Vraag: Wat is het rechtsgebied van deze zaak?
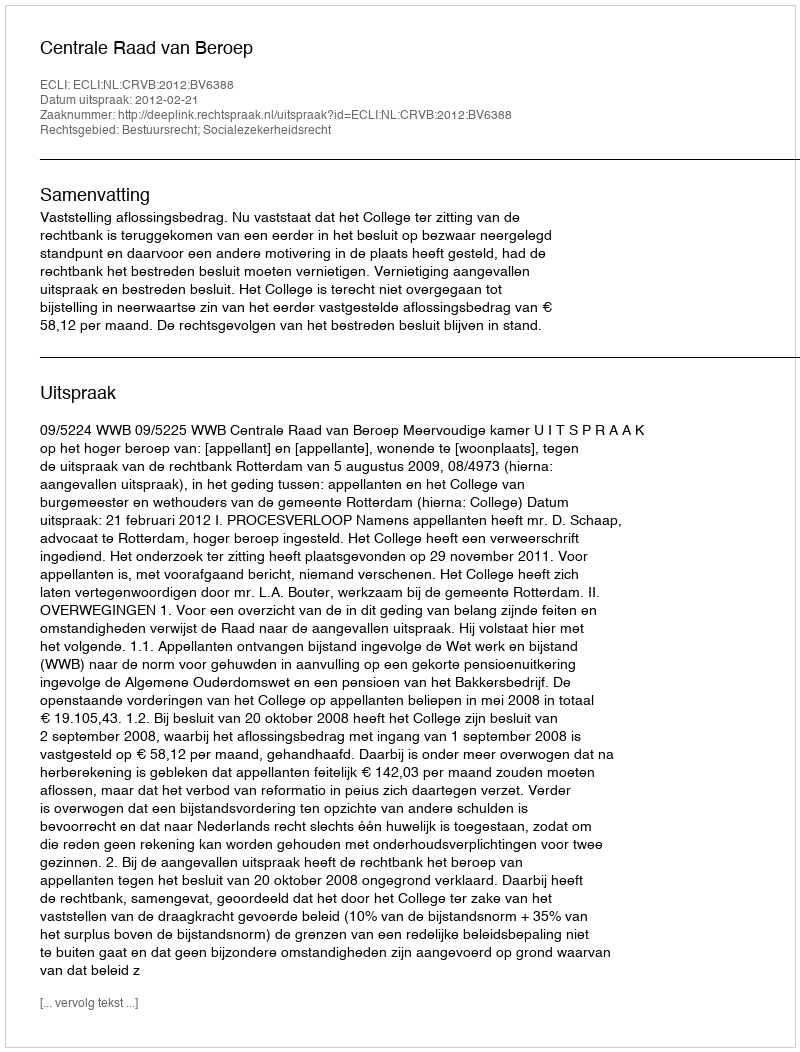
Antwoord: Bestuursrecht; Socialezekerheidsrecht